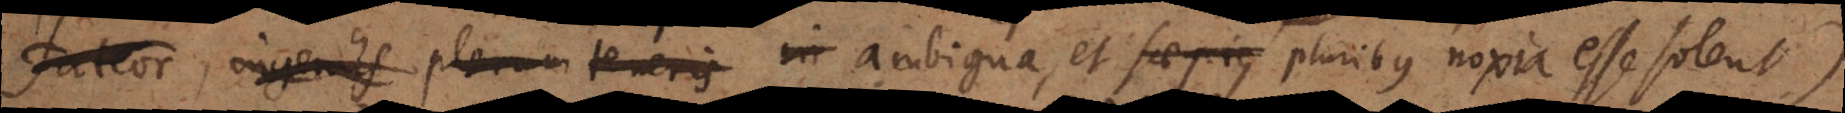
fateor, ingeniis plerum teneris in ambigua, et saepius pluribus noxia esse solent)